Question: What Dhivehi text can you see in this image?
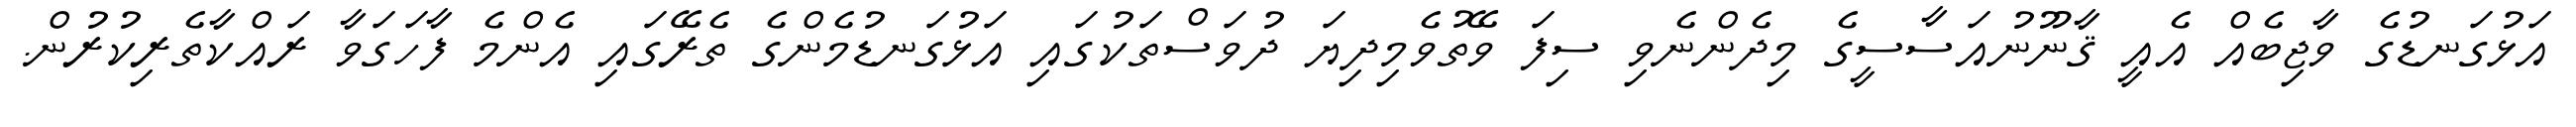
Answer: އަޅުގަނޑުގެ ވާޖިބެއް އެއީ ޤާނޫނުއަސާސީގެ މިދެންނެވި ސިފަ ވޭތުވެމިދިޔަ ދުވަސްތަކުގައި އަޅުގަނޑުމެންގެ ތެރޭގައި އެންމެ ފާހަގަވާ ރައްކާތެރިކުރުން.